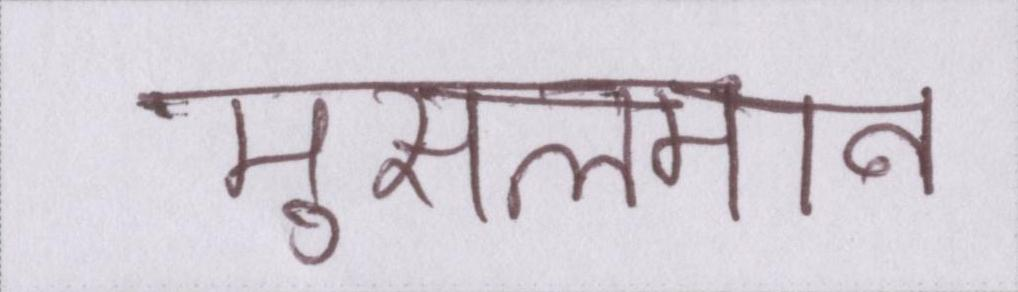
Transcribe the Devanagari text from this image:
मुसलमान